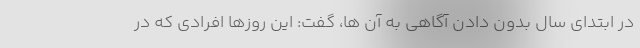
در ابتدای سال بدون دادن آگاهی به آن ها، گفت: این روزها افرادی که در